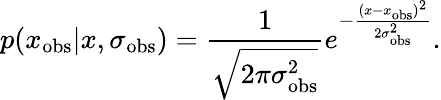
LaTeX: p(x_{\mathrm{obs}}|x,\sigma_{\mathrm{obs}})=\frac{1}{\sqrt{2\pi\sigma_{\mathrm{obs}}^{2}}}e^{-\frac{(x-x_{\mathrm{obs}})^{2}}{2\sigma_{\mathrm{obs}}^{2}}}.